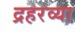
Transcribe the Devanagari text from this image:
द्रहरव्या